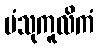
ပံသုကူလိကံ